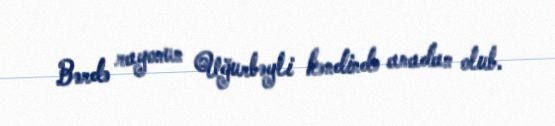
Bərdə rayonun Uğurbəyli kəndində anadan olub.